Medical and sanitary report of the native army of Bengal for the year
Year: 1874
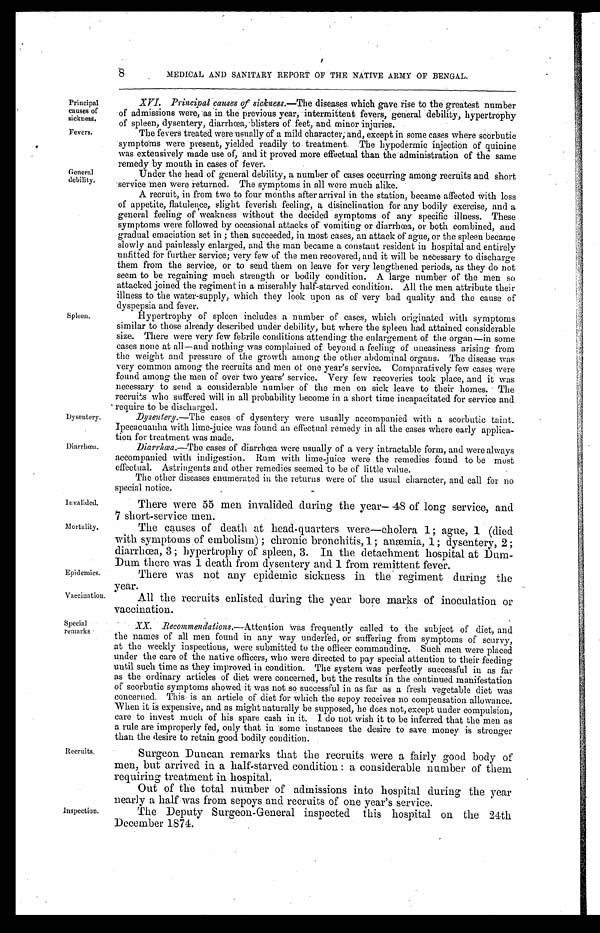
Principal
causes of
sickness.
Fevers.
Dysentery.
Diarrhœa.
Invalided.
Mortality.
Epidemics.
Vaccination.
Special
remarks
8
MEDICAL AND SANITARY REPORT OF THE NATIVE ARMY OF BENGAL.
General debility.
Spleen.
Recruits.
Inspection.
XVI. Principal causes of sickness.—The diseases which gave rise to the greatest number
of admissions were, as in the previous year, intermittent fevers, general debility, hypertrophy
of spleen, dysentery, diarrhœa, blisters of feet, and minor injuries.
The fevers treated were usually of a mild character; and, except in some cases where scorbutic
symptoms were present, yielded readily to treatment. The hypodermic injection of quinine
was extensively made use of, and it proved more effectual than the administration of the same
remedy by mouth in cases of fever.
Under the head of general debility, a number of cases occurring among recruits and short
servicemen were returned. The symptoms in all were much alike.
A recruit, in from two to four months after arrival in the station, became affected with loss
of appetite, flatulence, slight feverish feeling, a disinclination for any bodily exercise, and a
general feeling of weakness without the decided symptoms of any specific illness. These
symptoms were followed by occasional attacks of vomiting or diarrhœa, or both combined, and
gradual emaciation set in ; then succeeded, in most cases, an attack of ague, or the spleen became
slowly and painlessly enlarged, and the man became a constant resident in hospital and entirely
unfitted for further service ; very few of the men recovered, and it will be necessary to discharge
them from the service, or to send them on leave for very lengthened periods, as they do not
seem to be regaining much strength or bodily condition. A large number of the men so
attacked joined the regiment in a miserably half-starved condition. All the men attribute their
illness to the water-supply, which they look upon as of very bad quality and the cause of
dyspepsia and fever.
Hypertrophy of spleen includes a number of cases, which originated with symptoms
similar to those already described under debility, but where the spleen had attained considerable
size. There were very few febrile conditions attending the enlargement of the organ—in some
cases none at all—and nothing was complained of beyond a feeling of uneasiness arising from
the weight and pressure of the growth among the other abdominal organs. The disease was
very common among the recruits and men of one year's service. Comparatively few cases were
found among the men of over two years' service. Very few recoveries took place, and it was
necessary to send a considerable number of the men on sick leave to their homes. The
recruits who suffered will in all probability become in a short time incapacitated for service and
• require to be discharged.
Dysentery.— The cases of dysentery were usually accompanied with a scorbutic taint.
Ipecacuanha with lime-juice was found an effectual remedy in all the cases where early applica-
tion for treatment was made.
Diarrhœa.—The cases of diarrhœa were usually of a very intractable form, and were always
accompanied with indigestion. Ruin with lime-juice were the remedies found to be most
effectual. Astringents and other remedies seemed to be of little value.
The other diseases enumerated in the returns were of the usual character, and call for no
special notice.
There were 55 men invalided during the year-48 of long service, and
7 short-service men.
The causes of death at head-quarters were—cholera 1 ; ague, 1 (died
with symptoms of embolism) ; chronic bronchitis, 1 ; anæmia, 1; dysentery, 2 ;
diarrhœa, 3 ; hypertrophy of spleen, 3. In the detachment hospital at Dum
-Dum
there was 1 death from dysentery and 1 from remittent fever.
There was not any epidemic sickness in the regiment during the
year.
All the recruits enlisted during the year bore marks of inoculation or
vaccination.
• XX. R ecommendations.— Attention was frequently called to the subject of diet, and
the names of all men found in any way underfed, or suffering from symptoms of scurvy,
at the weekly inspections, were submitted to the officer commanding. Such men were placed
under the care of the native officers, who were directed to pay special attention to their feeding
until such time as they improved in condition. The system was perfectly successful in as far
as the ordinary articles of diet were concerned, but the results in the continued manifestation
of scorbutic symptoms showed it was not so successful in as far as a fresh vegetable diet was
concerned. This is an article of diet for which the sepoy receives no compensation allowance.
When it is expensive, and as might naturally be supposed, he does not, except under compulsion,
care to invest much of his spare cash in it. I do not wish it to be inferred that the men as
a rule are improperly fed, only that in some instances the desire to save money is stronger
than the desire to retain good bodily condition.
Surgeon Duncan remarks that the recruits were a fairly good body of
men, but arrived in a half-starved condition : a considerable number of them
requiring treatment in hospital.
Out of the total number of admissions into hospital during the year
nearly a half was from sepoys and recruits of one year's service.
The Deputy Surgeon-General inspected this hospital on the 24th
December 1874.